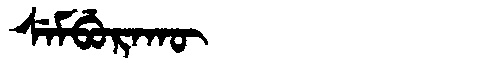
Manchu: ᠰᡝᠮᠪᡠᡵᠠᡴᡡ
Romanization: SEMBURAKŪ